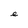
Character: e